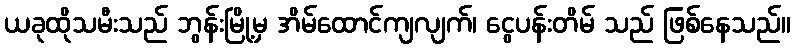
ယခုထိုသမီးသည် ဘွန်းမြို့မှ အိမ်ထောင်ကျလျက်၊ ငွေပန်းတိမ် သည် ဖြစ်နေသည်။